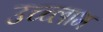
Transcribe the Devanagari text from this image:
उच्च्लाभ